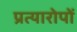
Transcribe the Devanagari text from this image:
प्रत्यारोपों